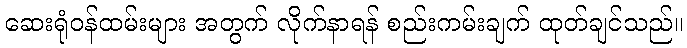
ဆေးရုံဝန်ထမ်းများ အတွက် လိုက်နာရန် စည်းကမ်းချက် ထုတ်ချင်သည်။